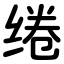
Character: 绻